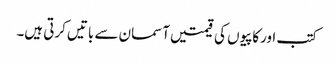
کتب اورکاپیوں کی قیمتیں آسمان سے باتیں کرتی ہیں۔